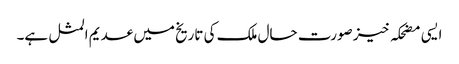
ایسی مضحکہ خیز صورت حال ملک کی تاریخ میں عدیم المثل ہے۔